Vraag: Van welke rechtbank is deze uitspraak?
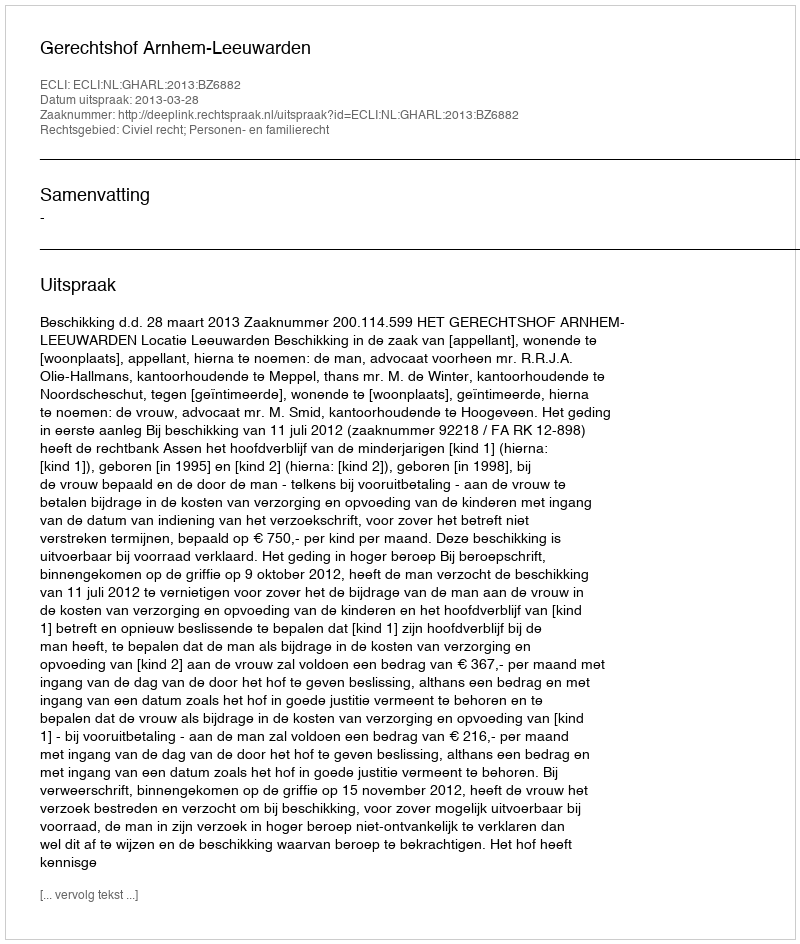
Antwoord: Gerechtshof Arnhem-Leeuwarden